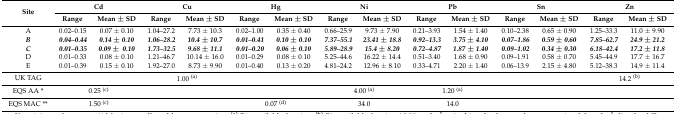
<table><thead><tr><td rowspan="2"><b>Site</b></td><td colspan="2"><b>Cd</b></td><td colspan="2"><b>Cu</b></td><td colspan="2"><b>Hg</b></td><td colspan="2"><b>Ni</b></td><td colspan="2"><b>Pb</b></td><td colspan="2"><b>Sn</b></td><td colspan="2"><b>Zn</b></td></tr><tr><td><b>Range</b></td><td><b>Mean ± SD</b></td><td><b>Range</b></td><td><b>Mean ± SD</b></td><td><b>Range</b></td><td><b>Mean ± SD</b></td><td><b>Range</b></td><td><b>Mean ± SD</b></td><td><b>Range</b></td><td><b>Mean ± SD</b></td><td><b>Range</b></td><td><b>Mean ± SD</b></td><td><b>Range</b></td><td><b>Mean ± SD</b></td></tr></thead><tbody><tr><td>A</td><td>0.02–0.15</td><td>0.07 ± 0.10</td><td>1.04–27.2</td><td>7.73 ± 10.3</td><td>0.02–1.00</td><td>0.35 ± 0.40</td><td>0.66–25.9</td><td>9.73 ± 7.90</td><td>0.21–3.93</td><td>1.54 ± 1.40</td><td>0.10–2.38</td><td>0.65 ± 0.90</td><td>1.25–33.3</td><td>11.0 ± 9.90</td></tr><tr><td><b><i>B</i></b></td><td><b><i>0.04–0.44</i></b></td><td><b><i>0.14</i></b><b><i>±</i></b><b><i>0.10</i></b></td><td><b><i>1.06–28.2</i></b></td><td><b><i>10.4</i></b><b><i>±</i></b><b><i>10.7</i></b></td><td><b><i>0.01–0.41</i></b></td><td><b><i>0.10</i></b><b><i>±</i></b><b><i>0.10</i></b></td><td><b><i>7.37–55.1</i></b></td><td><b><i>23.41</i></b><b><i>±</i></b><b><i>18.8</i></b></td><td><b><i>0.92–13.3</i></b></td><td><b><i>3.75</i></b><b><i>±</i></b><b><i>4.10</i></b></td><td><b><i>0.07–1.86</i></b></td><td><b><i>0.59</i></b><b><i>±</i></b><b><i>0.60</i></b></td><td><b><i>7.85–62.7</i></b></td><td><b><i>24.9</i></b><b><i>±</i></b><b><i>21.2</i></b></td></tr><tr><td><b><i>C</i></b></td><td><b><i>0.01–0.35</i></b></td><td><b><i>0.09</i></b><b><i>±</i></b><b><i>0.10</i></b></td><td><b><i>1.73–32.5</i></b></td><td><b><i>9.68</i></b><b><i>±</i></b><b><i>11.1</i></b></td><td><b><i>0.01–0.20</i></b></td><td><b><i>0.06</i></b><b><i>±</i></b><b><i>0.10</i></b></td><td><b><i>5.89–28.9</i></b></td><td><b><i>15.4</i></b><b><i>±</i></b><b><i>8.20</i></b></td><td><b><i>0.72–4.87</i></b></td><td><b><i>1.87</i></b><b><i>±</i></b><b><i>1.40</i></b></td><td><b><i>0.09–1.02</i></b></td><td><b><i>0.34</i></b><b><i>±</i></b><b><i>0.30</i></b></td><td><b><i>6.18–42.4</i></b></td><td><b><i>17.2</i></b><b><i>±</i></b><b><i>11.8</i></b></td></tr><tr><td>D</td><td>0.01–0.33</td><td>0.08 ± 0.10</td><td>1.21–46.7</td><td>10.14 ± 16.0</td><td>0.01–0.29</td><td>0.08 ± 0.10</td><td>5.25–44.6</td><td>16.22 ± 14.4</td><td>0.51–3.40</td><td>1.68 ± 0.90</td><td>0.09–1.91</td><td>0.58 ± 0.70</td><td>5.45–44.9</td><td>17.7 ± 16.7</td></tr><tr><td>E</td><td>0.01–0.39</td><td>0.15 ± 0.10</td><td>1.92–27.0</td><td>8.73 ± 9.90</td><td>0.01–0.40</td><td>0.13 ± 0.20</td><td>4.81–24.2</td><td>12.96 ± 8.10</td><td>0.33–4.71</td><td>2.20 ± 1.40</td><td>0.06–13.9</td><td>2.15 ± 4.80</td><td>5.12–38.3</td><td>14.9 ± 11.4</td></tr><tr><td>UK TAG</td><td colspan="2"></td><td colspan="2">1.00 <sup>(a)</sup></td><td colspan="2"></td><td colspan="2"></td><td colspan="2"></td><td colspan="2"></td><td colspan="2">14.2 <sup>(b)</sup></td></tr><tr><td>EQS AA *</td><td colspan="2">0.25 <sup>(c)</sup></td><td colspan="2"></td><td colspan="2"></td><td colspan="2">4.00 <sup>(a)</sup></td><td colspan="2">1.20 <sup>(a)</sup></td><td colspan="2"></td><td colspan="2"></td></tr><tr><td>EQS MAC **</td><td colspan="2">1.50 <sup>(c)</sup></td><td colspan="2"></td><td colspan="2">0.07 <sup>(d)</sup></td><td colspan="2">34.0</td><td colspan="2">14.0</td><td colspan="2"></td><td colspan="2"></td></tr></tbody></table>